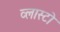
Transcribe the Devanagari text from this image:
व्लास्टो